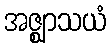
အဇ္ဈာသယံ